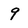
Character: 9